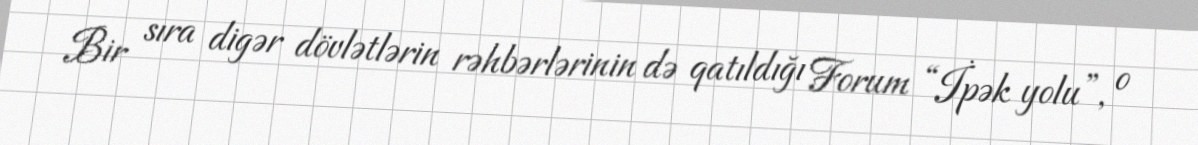
Bir sıra digər dövlətlərin rəhbərlərinin də qatıldığı Forum “İpək yolu”, o